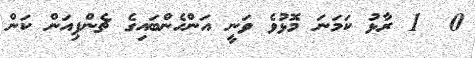
0  1 ރާޅު ކަމަނަ މޮޅުވެ ވަނީ އަންހެންބައިގެ ޗެންޕިއަން ކަން